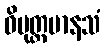
ဝိမုတ္တမာနသံ